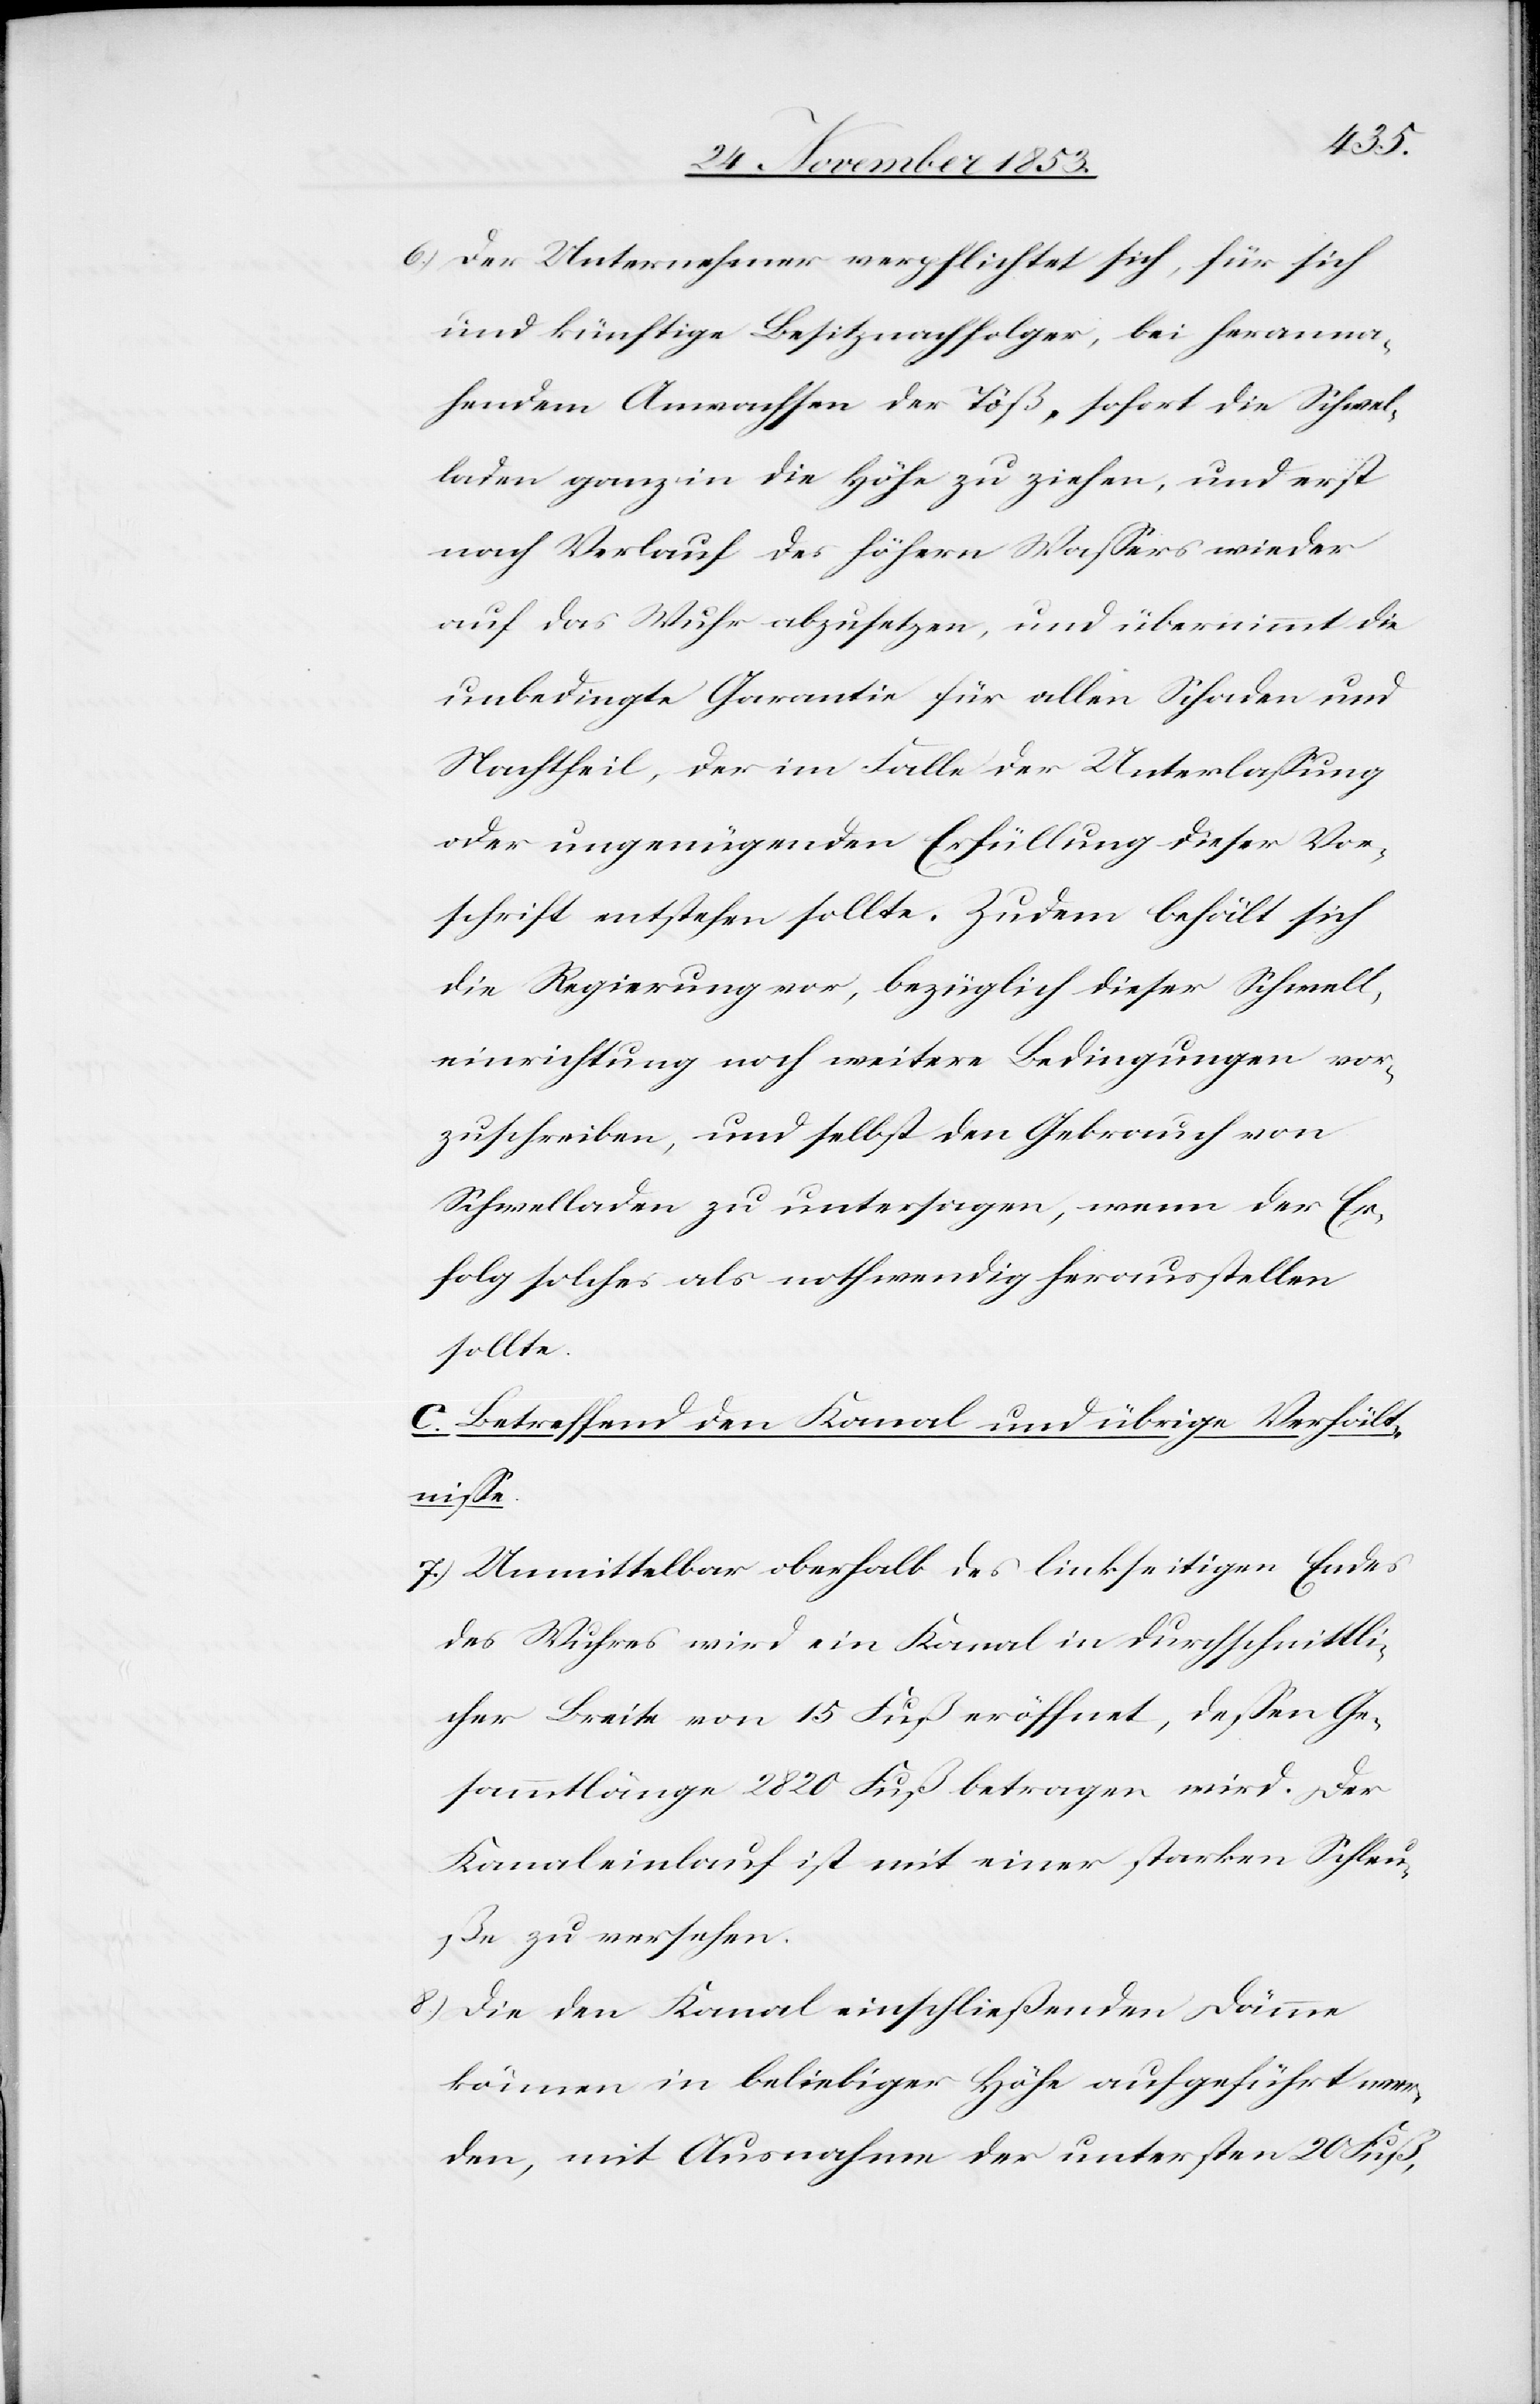
6.) Der Unternehmer verpflichtet sich, für sich
und künftige Besitznachfolger, bei heranna¬
hendem Anwachsen der Töß, sofort die Schwel¬
laden ganz in die Höhe zu ziehen, und es erst
nach Verlauf des höhern Wassers wieder
auf das Wuhr abzusetzen, und übernimmt die
unbedingte Garantie für allen Schaden und
Nachtheil, der im Fall der Unterlaßung
oder ungenügenden Erfüllung dieser Vor¬
schrift entstehen sollte. Zudem behält sich
die Regierung vor, bezüglich dieser Schwell¬
einrichtung noch weitere Bedingungen vor¬
zuschreiben, und selbst den Gebrauch von
Schwelladen zu untersagen, wenn der Er¬
folg solches als nothwendig herausstellen
sollte.
C. Betreffend den Kanal und übrige Verhält¬
niße.
7.) Unmittelbar oberhalb des linkseitigen Endes
des Wuhres wird ein Kanal in durchschnittli¬
cher Breite von 15 Fuß eröffnet, deßen Ge¬
sammtlänge 2820 Fuß betragen wird. Der
Kanaleinlauf ist mit einer starken Schleu¬
ße zu versehen.
8.) Die den Kanal einschließenden Dämme
können in beliebiger Höhe aufgeführt wer¬
den, mit Ausnahme der untersten 20 Fuß,